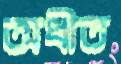
অধীত